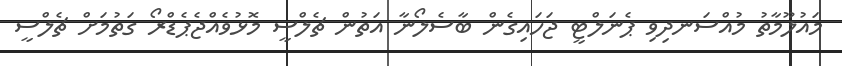
މައުލޫމާތު މުއްސަނދިވި ޕެނަލްޓީ ޖަހައިގެން ބާސެލޯނާ އަތުން ޗެލްސީ މޮޅުވެއްޖެޕެޑްރޯ ގަތުމަށް ޗެލްސީ